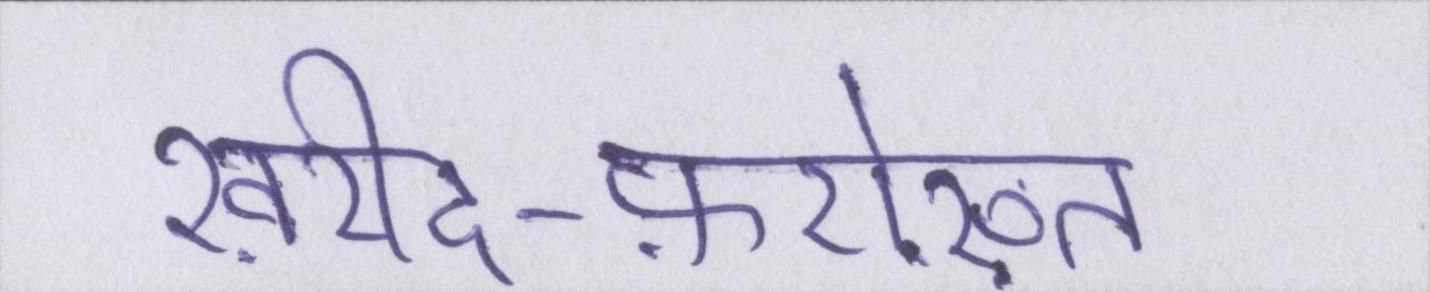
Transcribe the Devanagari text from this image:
ख़रीद-फ़रोख़्त